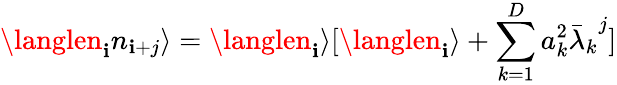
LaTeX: \langlen_{\mathbf{i}}n_{\mathbf{i}+j}\rangle=\langlen_{\mathbf{i}}\rangle[\langlen_{\mathbf{i}}\rangle+\sum_{k=1}^{D}a_{k}^{2}{{\bar{{\lambda}}}_{k}}^{j}]